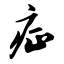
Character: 症